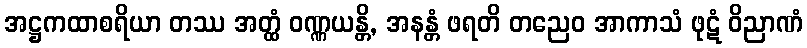
အဋ္ဌကထာစရိယာ တဿ အတ္ထံ ဝဏ္ဏယန္တိ, အနန္တံ ဖရတိ တညေဝ အာကာသံ ဖုဋံ ဝိညာဏံ